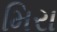
મિરા